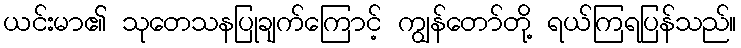
ယင်းမာ၏ သုတေသနပြုချက်ကြောင့် ကျွန်တော်တို့ ရယ်ကြရပြန်သည်။